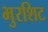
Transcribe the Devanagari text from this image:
भुरशिट